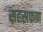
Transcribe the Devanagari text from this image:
सहस्रफण